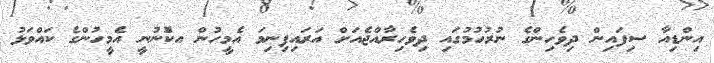
އިންޑިއާ ސިފައިން ދިވެހިންގެ ނުރުހުމުގައި ދިވެހިރާއްޖެއަށް އަރައިފިނިމަ އެމީހުން އކޮްނުނީ އެމީހުންގެ ކައްވަޅު